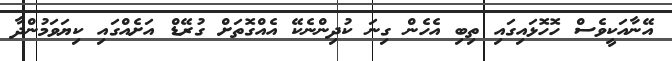
އޭނާއަކީވެސް ހޮހޮޅައިގައި ތިބި އެހެން ގިނަ ކުދިންނެކޭ އެއްގޮތަށް ގުރޭޑް އަށެއްގައި ކިޔަވަމުންދާ